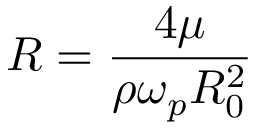
{ \cal R } = \frac { 4 \mu } { \rho \omega _ { p } R _ { 0 } ^ { 2 } }